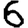
Digit: 6